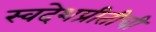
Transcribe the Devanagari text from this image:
स्वदेशप्रीतीची